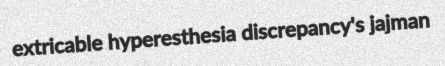
extricable hyperesthesia discrepancy's jajman